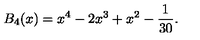
B _ { 4 } ( x ) = x ^ { 4 } - 2 x ^ { 3 } + x ^ { 2 } - \frac { 1 } { 3 0 } .